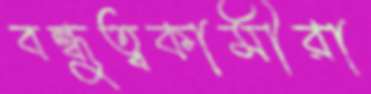
বন্ধুত্বকামীরা